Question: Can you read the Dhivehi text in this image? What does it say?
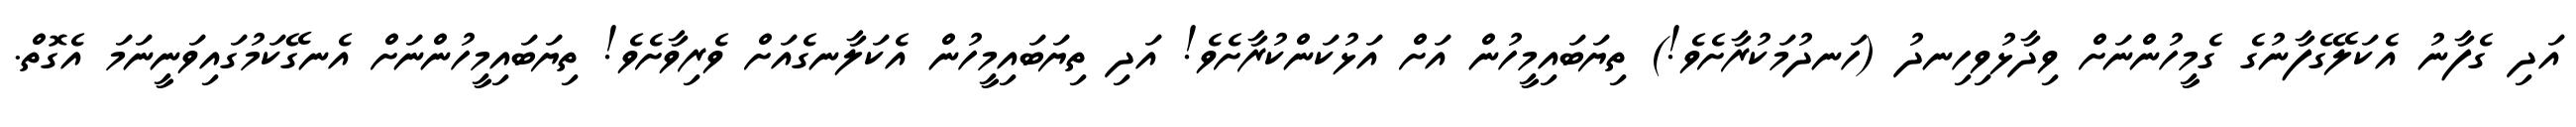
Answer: އަދި ގެފާނު އެކަލޭގެފާނުގެ ގެމީހުންނަށް ވިދާޅުވިހިނދު (ހަނދުމަކުރާށެވެ!) ތިޔަބައިމީހުން އަށް އަޅުކަންކުރާށެވެ! އަދި ތިޔަބައިމީހުން އެކަލާނގެއަށް ވެރިވާށެވެ! ތިޔަބައިމީހުންނަށް އެނގޭކަމުގައިވަނީނަމަ އެގޮތް.